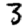
Digit: 3